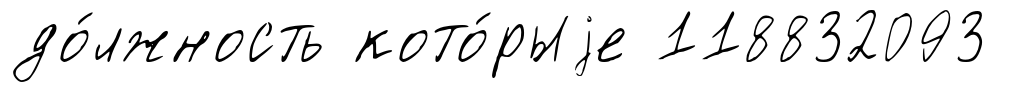
до́лжность кото́рыjе 118832093